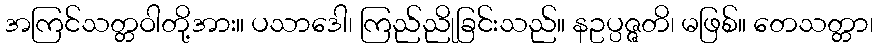
အကြင်သတ္တဝါတို့အား။ ပသာဒေါ၊ ကြည်ညိုခြင်းသည်။ နဥပ္ပဇ္ဇတိ၊ မဖြစ်။ တေသတ္တာ၊